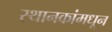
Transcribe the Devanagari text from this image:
स्थानकांमधून